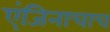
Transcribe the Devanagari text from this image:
एंजिनाचाच